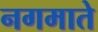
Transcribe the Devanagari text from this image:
नगमाते